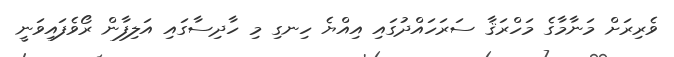
ވެރިރަށް މަނާމާގެ މަހްރަޤާ ސަރަހައްދުގައި އިއްޔެ ހިނގި މި ހާދިސާގައި އަލިފާން ރޯވެފައިވަނީ